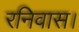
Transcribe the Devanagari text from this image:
रनिवास।